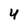
Character: 4